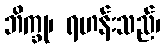
ဘိက္ခု၊ ရဟန်းသည်၊